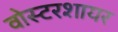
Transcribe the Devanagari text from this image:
वोस्टरशायर